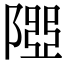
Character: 𨻉